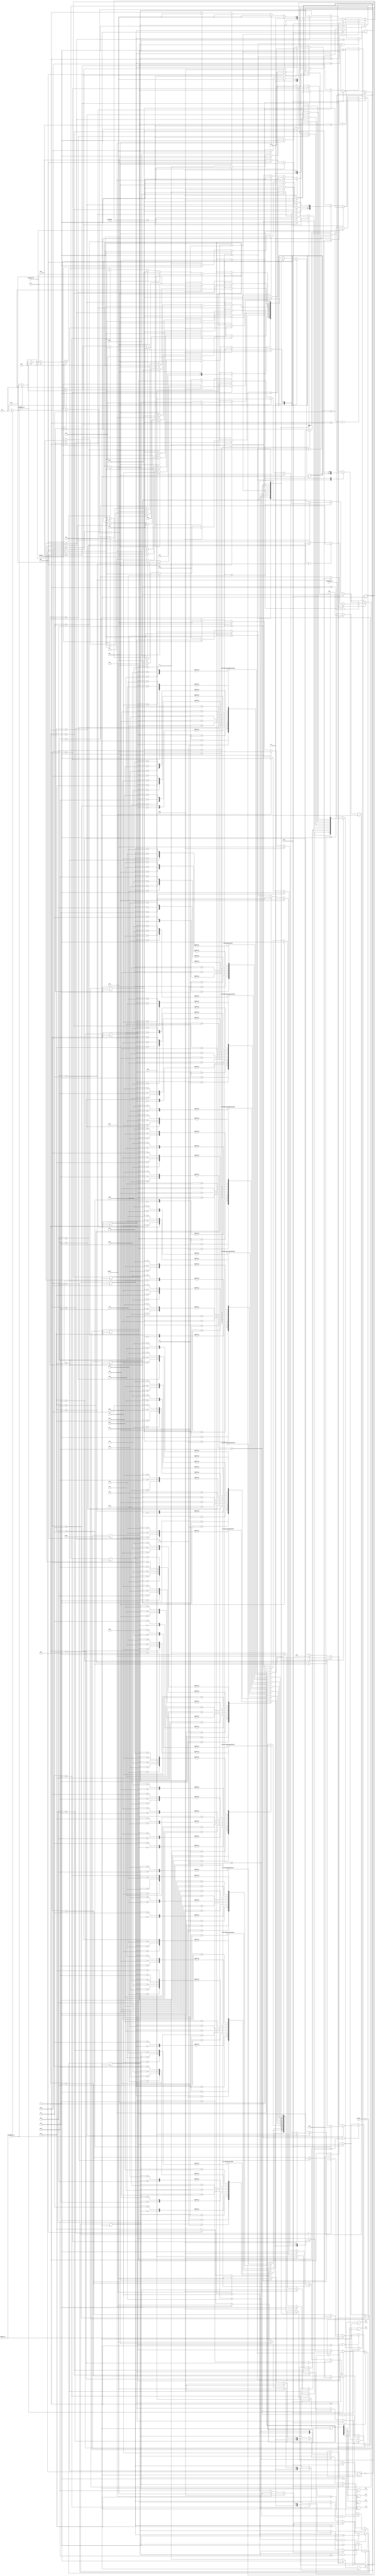
module LCD( clkout, reset, btnL, btnR,
				btnC, btnU, btnD, D1, D2,
				D3, D4, rs, rw, en, memFull,
				message0Valid, message1Valid,
				message2Valid, message3Valid,
				message4Valid, skipping
			  );
input message0Valid, message1Valid,
		message2Valid, message3Valid,
		message4Valid, skipping;
input clkout, reset, memFull;
input btnC, btnU, btnD, btnL, btnR;
output reg D1, D2, D3, D4, rs, rw, en;

reg [26:0] delay = 0;
reg [5:0] agent = welcome;
reg [5:0] welcAgent = state1;
//reg [3:0] init = fnt1;
reg [3:0] trackDisplay = 0;
reg [6:0] display = 0;
reg [6:0] current = 0;
reg [6:0] current1 = 0;
reg [6:0] current2 = 0;
reg [6:0] current3 = 0;
reg [6:0] current4 = 0;
reg [6:0] current5 = 0;
reg [6:0] current6 = 0;
reg [6:0] current7 = 0;
reg [6:0] current8 = 0;
reg [6:0] current9 = 0;
reg [6:0] current10 = 0;
reg [31:0] fiveCounter = 0;
reg doit = 1;

reg playOrDelete = 0;

parameter [5:0] initialize = 6'b000000;
parameter [5:0] welcome = 6'b000001;
parameter [5:0] play = 6'b000010;
parameter [5:0] record = 6'b000011;
parameter [5:0] delete = 6'b000100;
parameter [5:0] deleteAll = 6'b000101;
parameter [5:0] message1 = 6'b000110; 
parameter [5:0] message2 = 6'b000111;
parameter [5:0] message3 = 6'b001000;
parameter [5:0] message4 = 6'b001001;
parameter [5:0] message5 = 6'b001010;
parameter [5:0] memfull_state = 6'b001011;
parameter [5:0] entry1 = 6'b001100;
parameter [5:0] entry2 = 6'b001101;

parameter [5:0] state1 = 6'b000001;
parameter [5:0] state2 = 6'b000010;
parameter [5:0] state3 = 6'b000011;
parameter [5:0] state4 = 6'b000100;
parameter [5:0] state5 = 6'b000101;
parameter [5:0] state6 = 6'b000110;
parameter [5:0] state7 = 6'b000111;
parameter [5:0] state8 = 6'b001000;
parameter [5:0] state9 = 6'b001001;
parameter [5:0] state10 = 6'b001010;
parameter [5:0] state11 = 6'b001011;
parameter [5:0] state12 = 6'b001100;
parameter [5:0] state13 = 6'b001101;
parameter [5:0] state14 = 6'b001110;
parameter [5:0] state15 = 6'b001111;
parameter [5:0] state16 = 6'b010000;

always @(posedge clkout) begin
	if (reset) begin
		display <= 0;
	end
	else begin
		case (agent)
			welcome: begin
				case (current)
					7'd0: display <= 6'b000110;
					7'd1: display <= 6'b000010;
					
					7'd2: display <= 6'b000000;
					7'd3: display <= 6'b001111;
					
					7'd4: display <= 6'b000000;
					7'd5: display <= 6'b000001;
					
					7'd6: display <= 6'b000000;
					7'd7: display <= 6'b000110;
					
					7'd8: display <= 6'b010101;//W
					7'd9: display <= 6'b010111;
					
					7'd10: display <= 6'b010110;//e
					7'd11: display <= 6'b010101;
					
					7'd12: display <= 6'b010110;//l
					7'd13: display <= 6'b011100;
					
					7'd14: display <= 6'b010110;//c
					7'd15: display <= 6'b010011;
					
					7'd16: display <= 6'b010110;//o
					7'd17: display <= 6'b011111;
					
					
					7'd18: display <= 6'b010110;//m
					7'd19: display <= 6'b011101;
					
					7'd20: display <= 6'b010110;//e
					7'd21: display <= 6'b010101;
					
						
					7'd22: display <= 6'b010010;//!
					7'd23: display <= 6'b010001;
					
					7'd24: begin
						fiveCounter <= fiveCounter + 1;
							if (fiveCounter == 30'd500000000) begin
								agent <= play;
								doit <= 1;
								current <= 7'd0;
								fiveCounter <= 0;
							end
							else if (btnR) begin
								agent <= play;
								doit <= 1;
								current <= 7'd0;
							end
							else begin
								current <= 7'd24;
								agent <= welcome;
								doit <= 0;
							end
						display <= 000000;
						//display <= 001100;
					end
				endcase
			end
			play: begin
			playOrDelete = 1;
				case (current1)
					7'd0: display <= 6'b000110;
					7'd1: display <= 6'b000010;
					
					7'd2: display <= 6'b000000;
					7'd3: display <= 6'b001111;
					
					7'd4: display <= 6'b000000;
					7'd5: display <= 6'b000001;
					
					7'd6: display <= 6'b000000;
					7'd7: display <= 6'b000110;
					
					7'd8: display <= 6'b010101;//P
					7'd9: display <= 6'b010000;
					
					7'd10: display <= 6'b010110;//l
					7'd11: display <= 6'b011100;
					
					7'd12: display <= 6'b010110;//a
					7'd13: display <= 6'b010001;
					
					7'd14: display <= 6'b010111;//y
					7'd15: display <= 6'b011001;
					
					7'd16: display <= 6'b010010;//
					7'd17: display <= 6'b010000;
					
					7'd18: begin
						if (btnU) begin
							agent <= record;
							doit <= 1;
							current1 <= 7'd0;
						end
						else if (btnC) begin
							agent <= message1;
							doit <= 1;
							current1 <= 7'd0;
						end
						else begin
							current1 <= 7'd18;
							doit <= 0;
						end
						display <= 000000;
					end
				endcase
			end
			record: begin
			
				case (current2)
					7'd0: display <= 6'b000110;
					7'd1: display <= 6'b000010;
					
					7'd2: display <= 6'b000000;
					7'd3: display <= 6'b001111;
					
					7'd4: display <= 6'b000000;
					7'd5: display <= 6'b000001;
					
					7'd6: display <= 6'b000000;
					7'd7: display <= 6'b000110;
					
					7'd8: display <= 6'b010101;//R
					7'd9: display <= 6'b010010;
					
					7'd10: display <= 6'b010110;//e
					7'd11: display <= 6'b010101;
					
					7'd12: display <= 6'b010110;//c
					7'd13: display <= 6'b010011;
					
					7'd14: display <= 6'b010110;//o
					7'd15: display <= 6'b011111;
					
					7'd16: display <= 6'b010111;//r
					7'd17: display <= 6'b010010;
					
					7'd18: display <= 6'b010110;//d
					7'd19: display <= 6'b010100;
					
					7'd20: begin
						if (btnU) begin
							agent <= delete;
							doit <= 1;
							current2 <= 7'd0;
						end
						else if (btnD) begin
							agent <= play;
							doit <= 1;
							current2 <= 7'd0;
						end
						else if (memFull) begin
							agent <= memfull_state;
							doit <= 1;
							current2 <= 7'd0;
						end
						else if (btnL) begin
									agent <= record;
									doit <= 1;
									current2 <= 7'd0;
								end
						else begin
							current2 <= 7'd20;
							doit <= 0;
						end
						display <= 000000;
					end
				endcase
			end
			delete: begin
			playOrDelete = 0;
				case (current3)
					7'd0: display <= 6'b000110;
					7'd1: display <= 6'b000010;
					
					7'd2: display <= 6'b000000;
					7'd3: display <= 6'b001111;
					
					7'd4: display <= 6'b000000;
					7'd5: display <= 6'b000001;
					
					7'd6: display <= 6'b000000;
					7'd7: display <= 6'b000110;
					
					7'd8: display <= 6'b010100;//D
					7'd9: display <= 6'b010100;
					
					7'd10: display <= 6'b010110;//e
					7'd11: display <= 6'b010101;
					
					7'd12: display <= 6'b010110;//l
					7'd13: display <= 6'b011100;
					
					7'd14: display <= 6'b010110;//e
					7'd15: display <= 6'b010101;
					
					7'd16: display <= 6'b010111;//t
					7'd17: display <= 6'b010100;
					
					7'd18: display <= 6'b010110;//e
					7'd19: display <= 6'b010101;
					
					7'd20: begin
						if (btnU) begin
							agent <= deleteAll;
							doit <= 1;
							current3 <= 7'd0;
						end
						else if (btnD) begin
							agent <= record;
							doit <= 1;
							current3 <= 7'd0;
						end
						else if (btnC) begin
							agent <= message1;
							doit <= 1;
							current3 <= 7'd0;
						end
						else if (btnL) begin
									agent <= play;
									doit <= 1;
									current3 <= 7'd0;
								end
						else begin
							current3 <= 7'd20;
							doit <= 0;
						end
						display <= 000000;
					end
				endcase
			end
				memfull_state: begin
				case (current4)
					7'd0: display <= 6'b000110;
					7'd1: display <= 6'b000010;
					
					7'd2: display <= 6'b000000;
					7'd3: display <= 6'b001111;
					
					7'd4: display <= 6'b000000;
					7'd5: display <= 6'b000001;
					
					7'd6: display <= 6'b000000;
					7'd7: display <= 6'b000110;
					
					7'd8: display <= 6'b010100;//M
					7'd9: display <= 6'b011101;
					
					7'd10: display <= 6'b010110;//e
					7'd11: display <= 6'b010101;
					
					7'd12: display <= 6'b010110;//m
					7'd13: display <= 6'b011101;
					
					7'd14: display <= 6'b010110;//o
					7'd15: display <= 6'b011111;
					
					7'd16: display <= 6'b010111;//r
					7'd17: display <= 6'b010010;
					
					7'd18: display <= 6'b010111;//y
					7'd19: display <= 6'b011001;
					
					7'd20: display <= 6'b010010;//
					7'd21: display <= 6'b010000;
					
					7'd22: display <= 6'b010100;//F
					7'd23: display <= 6'b010110;
					
					7'd24: display <= 6'b010111;//u
					7'd25: display <= 6'b010101;
					
					7'd26: display <= 6'b010110;//l
					7'd27: display <= 6'b011100;
					
					7'd28: display <= 6'b010110;//l
					7'd29: display <= 6'b011100;
					
					7'd30: begin
						fiveCounter <= fiveCounter + 1;
							if (fiveCounter == 30'd500000000) begin
								agent <= record;
								doit <= 1;
								current4 <= 7'd0;
								fiveCounter <= 0;
							end
							else if (btnL) begin
								agent <= record;
								doit <= 1;
								current4 <= 7'd0;
								fiveCounter <= 0;
							end
							else begin
								current4 <= 7'd30;
								doit <= 0;
							end
						display <= 000000;
						//display <= 001100;
					end
				endcase
			end
			deleteAll: begin
				case (current5)
					7'd0: display <= 6'b000110;
					7'd1: display <= 6'b000010;
					
					7'd2: display <= 6'b000000;
					7'd3: display <= 6'b001111;
					
					7'd4: display <= 6'b000000;
					7'd5: display <= 6'b000001;
					
					7'd6: display <= 6'b000000;
					7'd7: display <= 6'b000110;
					
					7'd8: display <= 6'b010100;//D
					7'd9: display <= 6'b010100;
					
					7'd10: display <= 6'b010110;//e
					7'd11: display <= 6'b010101;
					
					7'd12: display <= 6'b010110;//l
					7'd13: display <= 6'b011100;
					
					7'd14: display <= 6'b010110;//e
					7'd15: display <= 6'b010101;
					
					7'd16: display <= 6'b010111;//t
					7'd17: display <= 6'b010100;
					
					7'd18: display <= 6'b010110;//e
					7'd19: display <= 6'b010101;
					
					7'd20: display <= 6'b010010;//
					7'd21: display <= 6'b010000;
					
					7'd22: display <= 6'b010100;//A
					7'd23: display <= 6'b010001;
					
					7'd24: display <= 6'b010110;//l
					7'd25: display <= 6'b011100;
					
					7'd26: display <= 6'b010110;//l
					7'd27: display <= 6'b011100;
					
					
					7'd28: begin
								if (btnU) begin
									agent <= play;
									doit <= 1;
									current5 <= 7'd0;
								end///////////
								else if (btnC) begin
									agent <= deleteAll;
									doit <= 1;
									current5 <= 7'd0;
								end////////////
								else if (btnD) begin
									agent <= delete;
									doit <= 1;
									current5 <= 7'd0;
								end ///////////
								else if (btnL) begin
									agent <= play;
									doit <= 1;
									current5 <= 7'd0;
								end
								else begin
									current5 <= 7'd28;
									doit <= 0;
								end///////////
						display <= 000000;
					end//////////////// End of d28 begin
				endcase ////// End of Delete all case
			end///////////End of begin
			message1: begin
				case (current6)
					7'd0: display <= 6'b000110;
					7'd1: display <= 6'b000010;
					
					7'd2: display <= 6'b000000;
					7'd3: display <= 6'b001111;
					
					7'd4: display <= 6'b000000;
					7'd5: display <= 6'b000001;
					
					7'd6: display <= 6'b000000;
					7'd7: display <= 6'b000110;
				
					7'd8: display <= 6'b011111;//spaceInv
					7'd9: display <= 6'b011100;
					
					7'd10: display <= 6'b010010;//asterisk
					7'd11: display <= 6'b011010;
				
					7'd12: display <= 6'b010100;//M
					7'd13: display <= 6'b011101;
					
					7'd14: display <= 6'b010110;//e
					7'd15: display <= 6'b010101;
					
					7'd16: display <= 6'b010111;//s
					7'd17: display <= 6'b010011;
					
					7'd18: display <= 6'b010111;//s
					7'd19: display <= 6'b010011;
					
					7'd20: display <= 6'b010110;//a
					7'd21: display <= 6'b010001;
					
					7'd22: display <= 6'b010110;//g
					7'd23: display <= 6'b010111;
					
					7'd24: display <= 6'b010110;//e
					7'd25: display <= 6'b010101;
					
					7'd26: display <= 6'b010011;//1
					7'd27: display <= 6'b010001;
					
						7'd28: begin
								if (btnU) begin
									agent <= message2;
									doit <= 1;
									current6 <= 7'd0;
								end
								else if (btnD) begin
									agent <= message1;
									doit <= 1;
									current6 <= 7'd0;
								end
								else if (btnL && ~playOrDelete) begin
									agent <= delete;
									doit <= 1;
									current6 <= 7'd0;
								end
								else if (btnL && playOrDelete) begin
									agent <= play;
									doit <= 1;
									current6 <= 7'd0;
								end
								else if (skipping) begin
									if (message1Valid)
										agent <= message2;
									else if (message2Valid)
										agent <= message3;
									else if (message3Valid)
										agent <= message4;
									else if (message4Valid)
										agent <= message5;
									doit <= 1;
									current6 <= 7'd0;
								end
								else begin
									current6 <= 7'd28;
									doit <= 0;
								end
								display <= 000000;
							end
				endcase // End of case wrapper
			end
			message2: begin
				case (current7)
					7'd0: display <= 6'b000110;
					7'd1: display <= 6'b000010;
					
					7'd2: display <= 6'b000000;
					7'd3: display <= 6'b001111;
					
					7'd4: display <= 6'b000000;
					7'd5: display <= 6'b000001;
					
					7'd6: display <= 6'b000000;
					7'd7: display <= 6'b000110;
				
					7'd8: display <= 6'b011111;//spaceInv
					7'd9: display <= 6'b011100;
					
					7'd10: display <= 6'b010010;//asterisk
					7'd11: display <= 6'b011010;
				
					7'd12: display <= 6'b010100;//M
					7'd13: display <= 6'b011101;
					
					7'd14: display <= 6'b010110;//e
					7'd15: display <= 6'b010101;
					
					7'd16: display <= 6'b010111;//s
					7'd17: display <= 6'b010011;
					
					7'd18: display <= 6'b010111;//s
					7'd19: display <= 6'b010011;
					
					7'd20: display <= 6'b010110;//a
					7'd21: display <= 6'b010001;
					
					7'd22: display <= 6'b010110;//g
					7'd23: display <= 6'b010111;
					
					7'd24: display <= 6'b010110;//e
					7'd25: display <= 6'b010101;
					
					7'd26: display <= 6'b010011;//2
					7'd27: display <= 6'b010010;
					
						7'd28: begin
								if (btnU) begin
									agent <= message3;
									doit <= 1;
									current7 <= 7'd0;
								end
								else if (btnD) begin
									agent <= message1;
									doit <= 1;
									current7 <= 7'd0;
								end
								else if (btnL && ~playOrDelete) begin
									agent <= delete;
									doit <= 1;
									current7 <= 7'd0;
								end
								else if (btnL && playOrDelete) begin
									agent <= play;
									doit <= 1;
									current7 <= 7'd0;
								end
								else if (skipping) begin
									if (message2Valid)
										agent <= message3;
									else if (message3Valid)
										agent <= message4;
									else if (message4Valid)
										agent <= message5;
									doit <= 1;
									current7 <= 7'd0;
								end
								else begin
									current7 <= 7'd28;
									doit <= 0;
								end
								display <= 000000;
							end
				endcase // End of case wrapper
			end
			message3: begin
				case (current8)
					7'd0: display <= 6'b000110;
					7'd1: display <= 6'b000010;
					
					7'd2: display <= 6'b000000;
					7'd3: display <= 6'b001111;
					
					7'd4: display <= 6'b000000;
					7'd5: display <= 6'b000001;
					
					7'd6: display <= 6'b000000;
					7'd7: display <= 6'b000110;
				
					7'd8: display <= 6'b011111;//spaceInv
					7'd9: display <= 6'b011100;
					
					7'd10: display <= 6'b010010;//asterisk
					7'd11: display <= 6'b011010;
				
					7'd12: display <= 6'b010100;//M
					7'd13: display <= 6'b011101;
					
					7'd14: display <= 6'b010110;//e
					7'd15: display <= 6'b010101;
					
					7'd16: display <= 6'b010111;//s
					7'd17: display <= 6'b010011;
					
					7'd18: display <= 6'b010111;//s
					7'd19: display <= 6'b010011;
					
					7'd20: display <= 6'b010110;//a
					7'd21: display <= 6'b010001;
					
					7'd22: display <= 6'b010110;//g
					7'd23: display <= 6'b010111;
					
					7'd24: display <= 6'b010110;//e
					7'd25: display <= 6'b010101;
					
					7'd26: display <= 6'b010011;//3
					7'd27: display <= 6'b010011;
					
						7'd28: begin
								if (btnU) begin
									agent <= message4;
									doit <= 1;
									current8 <= 7'd0;
								end
								else if (btnD) begin
									agent <= message2;
									doit <= 1;
									current8 <= 7'd0;
								end
								else if (btnL && ~playOrDelete) begin
									agent <= delete;
									doit <= 1;
									current8 <= 7'd0;
								end
								else if (btnL && playOrDelete) begin
									agent <= play;
									doit <= 1;
									current8 <= 7'd0;
								end
								else if (skipping) begin
									if (message3Valid)
										agent <= message4;
									else if (message4Valid)
										agent <= message5;
									doit <= 1;
									current7 <= 7'd0;
								end
								else begin
									current8 <= 7'd28;
									doit <= 0;
								end
								display <= 000000;
							end
				endcase // End of case wrapper
			end
			message4: begin
				case (current9)
					7'd0: display <= 6'b000110;
					7'd1: display <= 6'b000010;
					
					7'd2: display <= 6'b000000;
					7'd3: display <= 6'b001111;
					
					7'd4: display <= 6'b000000;
					7'd5: display <= 6'b000001;
					
					7'd6: display <= 6'b000000;
					7'd7: display <= 6'b000110;
				
					7'd8: display <= 6'b011111;//spaceInv
					7'd9: display <= 6'b011100;
					
					7'd10: display <= 6'b010010;//asterisk
					7'd11: display <= 6'b011010;
				
					7'd12: display <= 6'b010100;//M
					7'd13: display <= 6'b011101;
					
					7'd14: display <= 6'b010110;//e
					7'd15: display <= 6'b010101;
					
					7'd16: display <= 6'b010111;//s
					7'd17: display <= 6'b010011;
					
					7'd18: display <= 6'b010111;//s
					7'd19: display <= 6'b010011;
					
					7'd20: display <= 6'b010110;//a
					7'd21: display <= 6'b010001;
					
					7'd22: display <= 6'b010110;//g
					7'd23: display <= 6'b010111;
					
					7'd24: display <= 6'b010110;//e
					7'd25: display <= 6'b010101;
					
					7'd26: display <= 6'b010011;//4
					7'd27: display <= 6'b010100;
					
						7'd28: begin
								if (btnU) begin
									agent <= message5;
									doit <= 1;
									current9 <= 7'd0;
								end
								else if (btnD) begin
									agent <= message3;
									doit <= 1;
									current9 <= 7'd0;
								end
								else if (btnL && ~playOrDelete) begin
									agent <= delete;
									doit <= 1;
									current9 <= 7'd0;
								end
								else if (btnL && playOrDelete) begin
									agent <= play;
									doit <= 1;
									current9 <= 7'd0;
								end
								else if (skipping) begin
									if (message4Valid)
										agent <= message5;
									doit <= 1;
									current7 <= 7'd0;
								end
								else begin
									current9 <= 7'd28;
									doit <= 0;
								end
								display <= 000000;
							end
				endcase // End of case wrapper
			end
			message5: begin
				case (current10)
					7'd0: display <= 6'b000110;
					7'd1: display <= 6'b000010;
					
					7'd2: display <= 6'b000000;
					7'd3: display <= 6'b001111;
					
					7'd4: display <= 6'b000000;
					7'd5: display <= 6'b000001;
					
					7'd6: display <= 6'b000000;
					7'd7: display <= 6'b000110;
				
					7'd8: display <= 6'b011111;//spaceInv
					7'd9: display <= 6'b011100;
					
					7'd10: display <= 6'b010010;//asterisk
					7'd11: display <= 6'b011010;
				
					7'd12: display <= 6'b010100;//M
					7'd13: display <= 6'b011101;
					
					7'd14: display <= 6'b010110;//e
					7'd15: display <= 6'b010101;
					
					7'd16: display <= 6'b010111;//s
					7'd17: display <= 6'b010011;
					
					7'd18: display <= 6'b010111;//s
					7'd19: display <= 6'b010011;
					
					7'd20: display <= 6'b010110;//a
					7'd21: display <= 6'b010001;
					
					7'd22: display <= 6'b010110;//g
					7'd23: display <= 6'b010111;
					
					7'd24: display <= 6'b010110;//e
					7'd25: display <= 6'b010101;
					
					7'd26: display <= 6'b010011;//5
					7'd27: display <= 6'b010101;
					
						7'd28: begin
								if (btnU) begin
									agent <= message5;
									doit <= 1;
									current10 <= 7'd0;
								end
								else if (btnD) begin
									agent <= message4;
									doit <= 1;
									current10 <= 7'd0;
								end
								else if (btnL && ~playOrDelete) begin
									agent <= delete;
									doit <= 1;
									current10 <= 7'd0;
								end
								else if (btnL && playOrDelete) begin
									agent <= play;
									doit <= 1;
									current10 <= 7'd0;
								end
								else begin
									current10 <= 7'd28;
									doit <= 0;
								end
								display <= 000000;
							end
				endcase // End of case wrapper
			end
			
			
		
			//new state here
		endcase
	end
	
	delay <= delay + 1;
	if (delay == 26'd1008576 && doit) begin
		en <= 1;
		delay <= 0;
		if (agent == welcome && current < 5'd24) begin
			current <= current + 1;
		end
		
		if (agent == play && current1 < 5'd18) begin
			current1 <= current1 + 1;
		end
		
		if (agent == record && current2 < 5'd20) begin
			current2 <= current2 + 1;
		end
		
		if (agent == delete && current3 < 7'd20) begin
			current3 <= current3 + 1;
		end
		
		if (agent == memfull_state && current4 < 7'd30) begin
			current4 <= current4 + 1;
		end
		
		if (agent == deleteAll && current5 < 7'd28 ) begin
		current5 <= current5 + 1;
		end
		
		if (agent == message1 && current6 < 7'd28) begin
			if (!message0Valid) begin
				if (current6 == 5'd8 || current6 == 5'd7)
					current6 <= current6 + 1;
				else if (current6 == 5'd9) begin
					current6 <= 5'd12;
				end
				else current6 <= current6 + 1;
			end
			else if (current6 == 5'd7) begin
				current6 <= 5'd10;
			end
			else current6 <= current6 + 1;
		end
		
		if (agent == message2 && current7 < 7'd28) begin
			if (!message1Valid) begin
				if (current7 == 5'd8 || current7 == 5'd7)
					current7 <= current7 + 1;
				else if (current7 == 5'd9) begin
					current7 <= 5'd12;
				end
				else current7 <= current7 + 1;
			end
			else if (current7 == 5'd7) begin
				current7 <= 5'd10;
			end
			else current7 <= current7 + 1;
		end
		
		if (agent == message3 && current8< 7'd28) begin
			if (!message2Valid) begin
				if (current8 == 5'd8 || current8 == 5'd7)
					current8 <= current8 + 1;
				else if (current8 == 5'd9) begin
					current8 <= 5'd12;
				end
				else current8 <= current8 + 1;
			end
			else if (current8 == 5'd7) begin
				current8 <= 5'd10;
			end
			else current8 <= current8 + 1;
		end
		
		if (agent == message4 && current9 < 7'd28) begin
			if (!message3Valid) begin
				if (current9 == 5'd8 || current9 == 5'd7)
					current9 <= current9 + 1;
				else if (current9 == 5'd9) begin
					current9 <= 5'd12;
				end
				else current9 <= current9 + 1;
			end
			else if (current9 == 5'd7) begin
				current9 <= 5'd10;
			end
			else current9 <= current9 + 1;
		end
		
		if (agent == message5 && current10 < 7'd28) begin
			if (!message4Valid) begin
				if (current10 == 5'd8 || current10 == 5'd7)
					current10 <= current10 + 1;
				else if (current10 == 5'd9) begin
					current10 <= 5'd12;
				end
				else current10 <= current10 + 1;
			end
			else if (current10 == 5'd7) begin
				current10 <= 5'd10;
			end
			else current10 <= current10 + 1;
		end
		
	end
	else en <= 0;
	rw <= display[5];
	rs <= display[4];
	D4 <= display[3];
	D3 <= display[2];
	D2 <= display[1];
	D1 <= display[0];
end/////////////////End of clock



endmodule